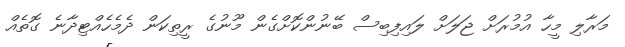
މަރާލި މީހާ އުމުރަށް ޖަލަށް ލައިފިބިސް ބޭނުންކޮށްގެން މޫނުގެ ރީތިކަން ދެމެހެއްޓިދާނެ ގޮތެއް